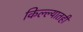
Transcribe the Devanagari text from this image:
किल्ल्यातही